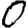
Digit: 0